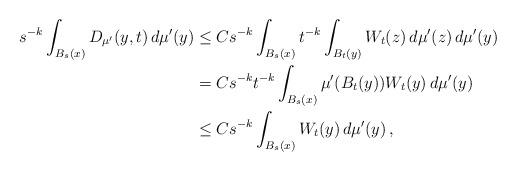
LaTeX: \begin{align*}s^{-k}\int_{B_s(x)} D_{\mu'}(y,t)\,d\mu'(y)&\leq Cs^{-k}\int_{B_s(x)}t^{-k}\int_{B_t(y)} W_t(z)\,d\mu'(z)\,d\mu'(y)\\&= Cs^{-k}t^{-k}\int_{B_s(x)} \mu'(B_t(y)) W_t(y)\,d\mu'(y)\\&\leq Cs^{-k}\int_{B_s(x)}W_t(y)\,d\mu'(y)\, ,\end{align*}